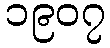
၁၉၀၇